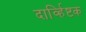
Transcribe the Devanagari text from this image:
दार्व्हिष्टक